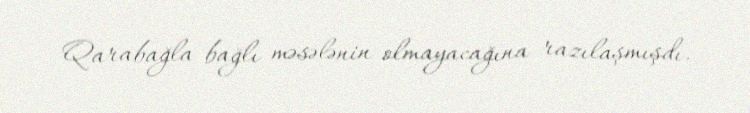
Qarabağla bağlı məsələnin olmayacağına razılaşmışdı.